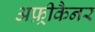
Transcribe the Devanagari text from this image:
अफ़्रीकैनर